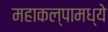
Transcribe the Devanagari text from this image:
महाकल्पामध्ये